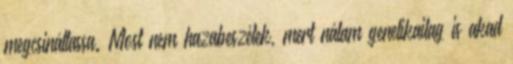
megcsináltassa. Most nem hazabeszélek, mert nálam genetikailag is akad